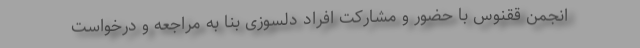
انجمن ققنوس با حضور و مشارکت افراد دلسوزی بنا به مراجعه و درخواست